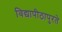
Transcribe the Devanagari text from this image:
विद्यापीठापुरते